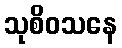
သုစိဝသနေ